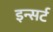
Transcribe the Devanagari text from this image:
इन्सर्ट